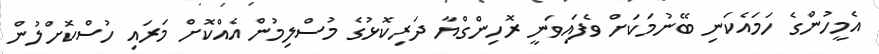
އެމީހުންގެ ހަމައެކަނި ބޭނުމަކަށް ވެފައިވަނީ ރޮހިންގްޔާ ދަރިކޮޅުގެ މުސްލިމުން އެއްކޮށް މަރައި ހުސްކޮށްލުން